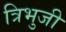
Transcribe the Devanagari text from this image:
त्रिभुजी